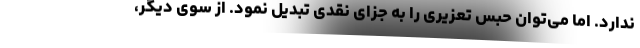
ندارد. اما می‌توان حبس تعزیری را به جزای نقدی تبدیل نمود. از سوی دیگر،